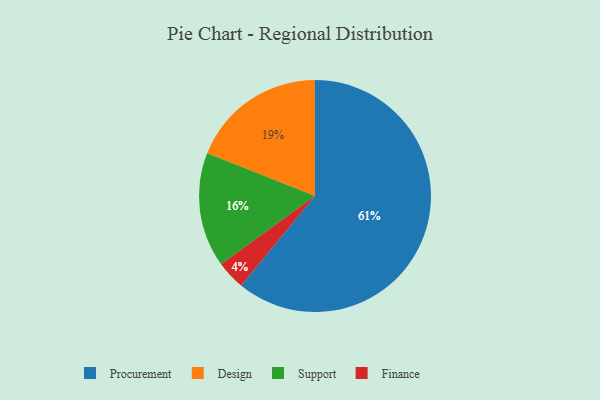
{"axis": {"x": "Category", "y": "Percentage"}, "legend": ["Design", "Finance", "Procurement", "Support"], "data": [{"x": "Support", "y": 16, "type": "Support"}, {"x": "Finance", "y": 4, "type": "Finance"}, {"x": "Design", "y": 19, "type": "Design"}, {"x": "Procurement", "y": 61, "type": "Procurement"}]}